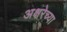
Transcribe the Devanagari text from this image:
अक्षरेच्या